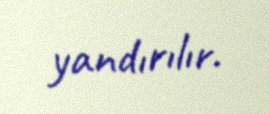
yandırılır.